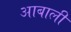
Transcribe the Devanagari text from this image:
आबाली